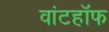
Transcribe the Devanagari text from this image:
वांटहॉफ